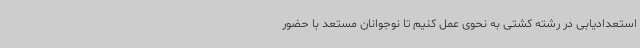
استعدادیابی در رشته کشتی به نحوی عمل کنیم تا نوجوانان مستعد با حضور